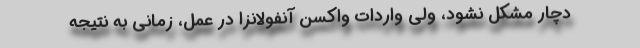
دچار مشکل نشود، ولی واردات واکسن آنفولانزا در عمل، زمانی به نتیجه